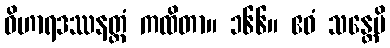
ဝိဟာရဒဿနတ္ထံ ကထိတာ။ ၁၆၆။ ဧဝံ သန္တေပိ